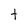
Character: t